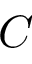
C